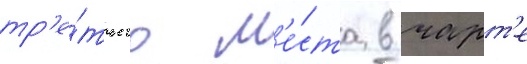
тр'е́тьего м'е́ста в чарт'е